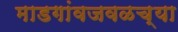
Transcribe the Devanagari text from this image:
माडगांवजवळच्या